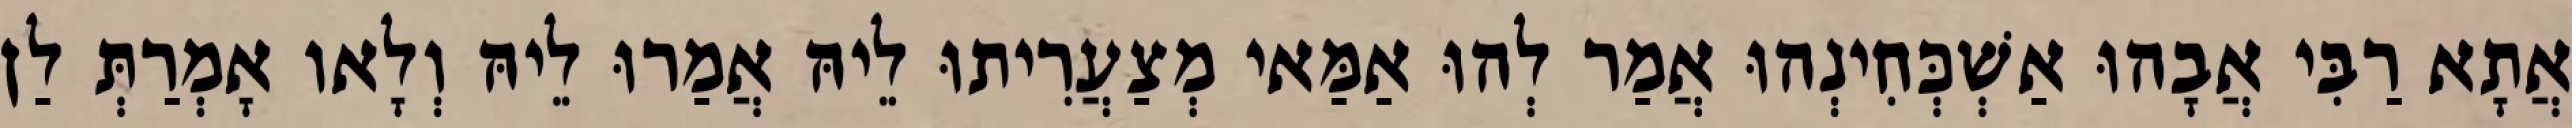
אֲתָא רַבִּי אֲבָהוּ אַשְׁכְּחִינְהוּ אֲמַר לְהוּ אַמַּאי מְצַעֲרִיתוּ לֵיהּ אֲמַרוּ לֵיהּ וְלָאו אָמְרַתְּ לַן